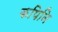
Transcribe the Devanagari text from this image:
कपिनि